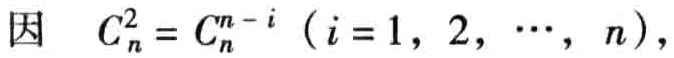
因 \(C_{n}^{i}=C_{n}^{n - i}\ (i = 1,2,\cdots,n)\)，